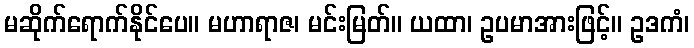
မဆိုက်ရောက်နိုင်ပေ။ မဟာရာဇ၊ မင်းမြတ်။ ယထာ၊ ဥပမာအားဖြင့်။ ဥဒကံ၊